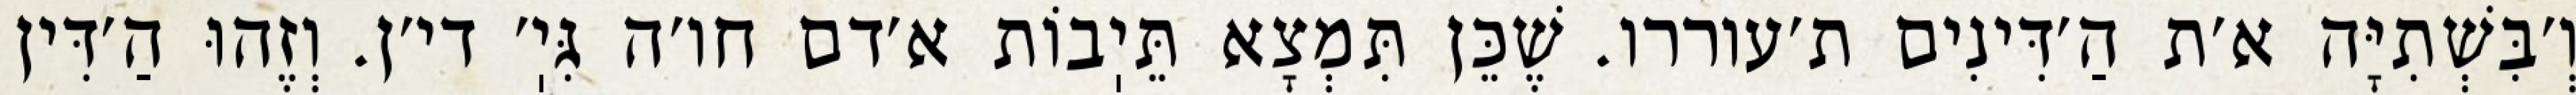
וְ׳בִּשְׁתִיָּה א׳ת הַ׳דִּינִים ת׳עוררו. שֶׁכֵּן תִּמְצָא תֵּיֽבוֹת א׳דם חו׳ה גִּיֽ׳ די׳ן. וְזֶהוּ הַ׳דִּין